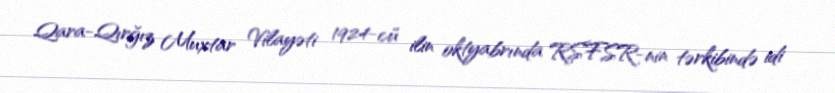
Qara-Qırğız Muxtar Vilayəti 1924-cü ilin oktyabrında RSFSR-nin tərkibində idi